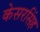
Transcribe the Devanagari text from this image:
केसरसिंह